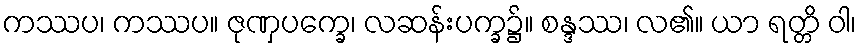
ကဿပ၊ ကဿပ။ ဇုဏှပက္ခေ၊ လဆန်းပက္ခ၌။ စန္ဒဿ၊ လ၏။ ယာ ရတ္တိ ဝါ၊